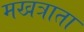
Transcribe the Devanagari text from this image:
मखत्राता